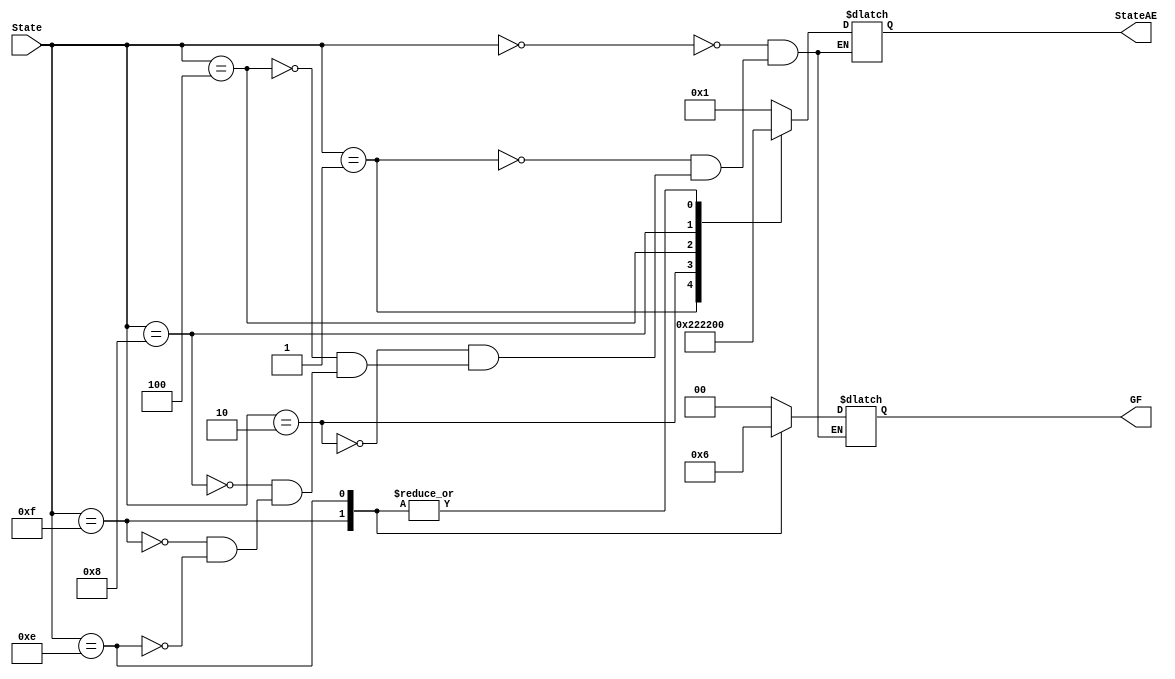
module StateDecider(State,StateAE,GF);
	input [3:0] State;
	output [4:0] StateAE;
	output [1:0] GF;
	reg [1:0] GF;
	reg [4:0] StateAE;
	
	always @(State)
		begin
			case(State)
				4'b0000: {GF[1],GF[0],StateAE[4],StateAE[3],StateAE[2],StateAE[1],StateAE[0]} = 7'b0000001;
				4'b0001: {GF[1],GF[0],StateAE[4],StateAE[3],StateAE[2],StateAE[1],StateAE[0]} = 7'b0000010;
				4'b0010: {GF[1],GF[0],StateAE[4],StateAE[3],StateAE[2],StateAE[1],StateAE[0]} = 7'b0000100;
				4'b0100: {GF[1],GF[0],StateAE[4],StateAE[3],StateAE[2],StateAE[1],StateAE[0]} = 7'b0001000;
				4'b1000: {GF[1],GF[0],StateAE[4],StateAE[3],StateAE[2],StateAE[1],StateAE[0]} = 7'b0010000;
				4'b1111: {GF[1],GF[0],StateAE[4],StateAE[3],StateAE[2],StateAE[1],StateAE[0]} = 7'b0100000;
				4'b1110: {GF[1],GF[0],StateAE[4],StateAE[3],StateAE[2],StateAE[1],StateAE[0]} = 7'b1000000;
			endcase
		end
	endmodule